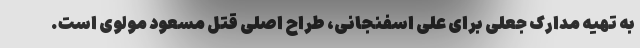
به تهیه مدارک جعلی برای علی اسفنجانی، طراح اصلی قتل مسعود مولوی است.